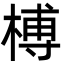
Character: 榑